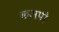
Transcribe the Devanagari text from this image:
कअपी